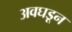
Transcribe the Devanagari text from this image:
अवघडून